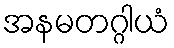
အနမတဂ္ဂါယံ